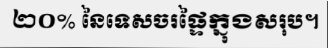
២០% នៃទេសចរផ្ទៃក្នុងសរុប។